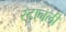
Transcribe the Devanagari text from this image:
स्टानली